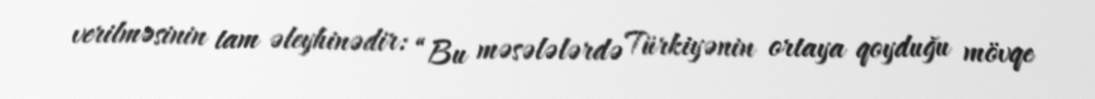
verilməsinin tam əleyhinədir: “Bu məsələlərdə Türkiyənin ortaya qoyduğu mövqe